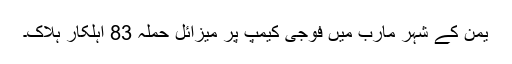
یمن کے شہر مارب میں فوجی کیمپ پر میزائل حملہ 83 اہلکار ہلاک۔